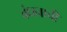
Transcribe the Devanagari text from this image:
बंधनाची